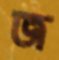
জ